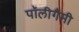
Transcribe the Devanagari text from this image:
पॉलीगैमी